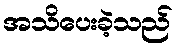
အသိပေးခဲ့သည်